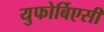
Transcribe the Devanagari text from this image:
युफोर्बिएसी